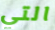
التي